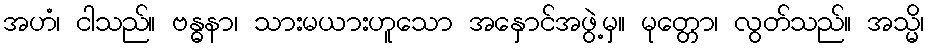
အဟံ၊ ငါသည်။ ဗန္ဓနာ၊ သားမယားဟူသော အနှောင်အဖွဲ့မှ။ မုတ္တော၊ လွတ်သည်။ အသ္မိ၊